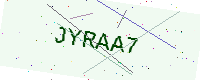
Text: JYRAA7